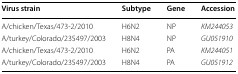
<table><thead><tr><td><b>Virus strain</b></td><td><b>Subtype</b></td><td><b>Gene</b></td><td><b>Accession</b></td></tr></thead><tbody><tr><td>A/chicken/Texas/473-2/2010</td><td>H6N2</td><td>NP</td><td><i>KM244053</i></td></tr><tr><td>A/turkey/Colorado/235497/2003</td><td>H8N4</td><td>NP</td><td><i>GU051910</i></td></tr><tr><td>A/chicken/Texas/473-2/2010</td><td>H6N2</td><td>PA</td><td><i>KM244051</i></td></tr><tr><td>A/turkey/Colorado/235497/2003</td><td>H8N4</td><td>PA</td><td><i>GU051912</i></td></tr></tbody></table>